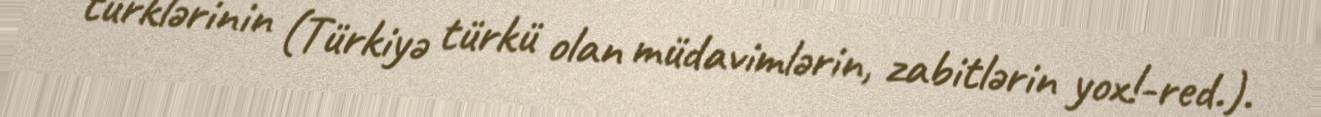
türklərinin (Türkiyə türkü olan müdavimlərin, zabitlərin yox!-red.).